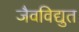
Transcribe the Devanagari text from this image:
जैवविद्युत